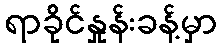
ရာခိုင်နှုန်းခန့်မှာ